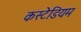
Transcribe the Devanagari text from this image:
कस्टेडियम